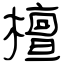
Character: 檀